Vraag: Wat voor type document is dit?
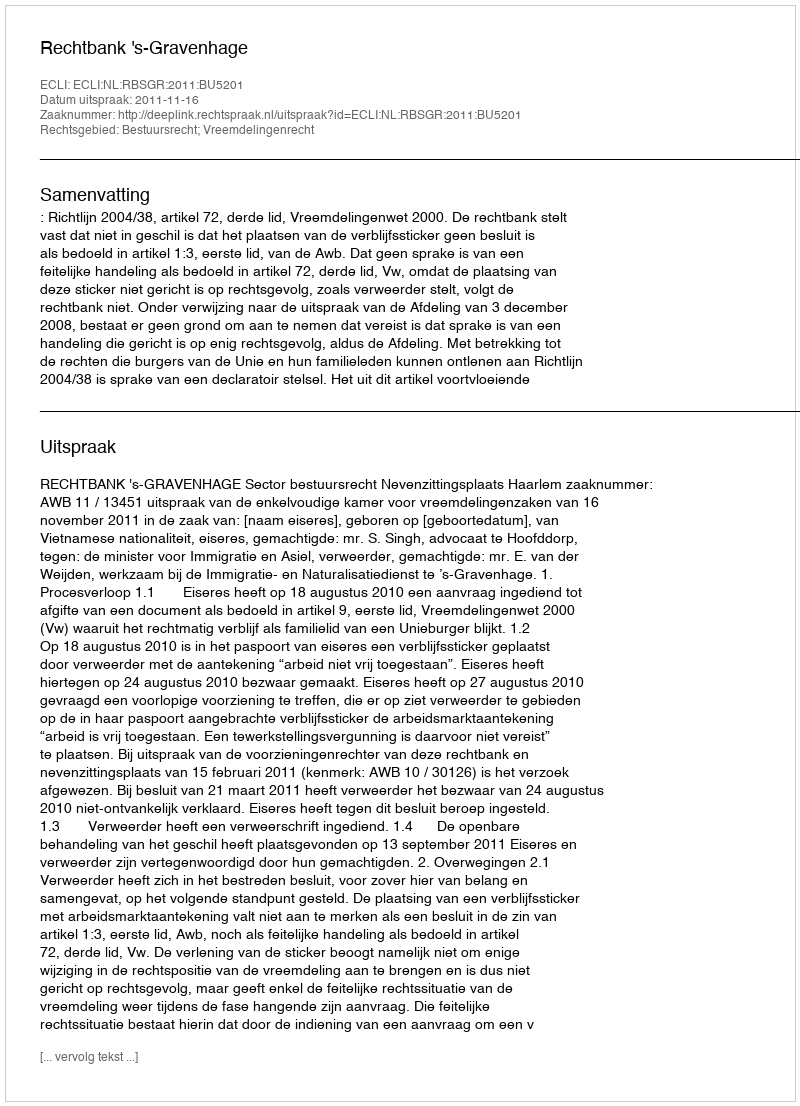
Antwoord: Uitspraak